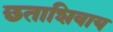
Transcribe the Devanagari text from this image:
छताशिवाय